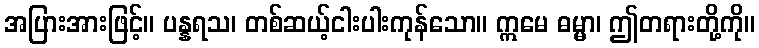
အပြားအားဖြင့်။ ပန္နရသ၊ တစ်ဆယ့်ငါးပါးကုန်သော။ ဣမေ ဓမ္မာ၊ ဤတရားတို့ကို။